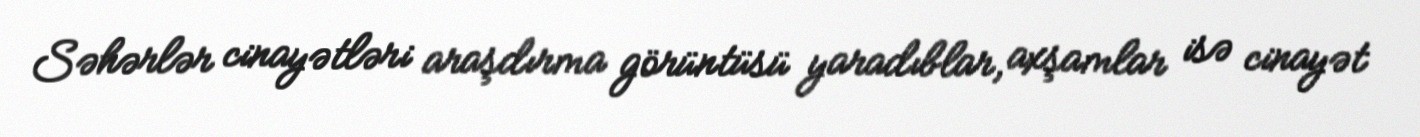
Səhərlər cinayətləri araşdırma görüntüsü yaradıblar, axşamlar isə cinayət